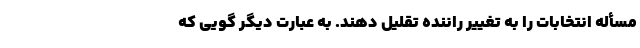
مسأله انتخابات را به تغییر راننده تقلیل دهند. به عبارت دیگر گویی که